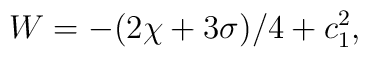
W = - (2\chi + 3\sigma)/4 + c^{2}_{1},